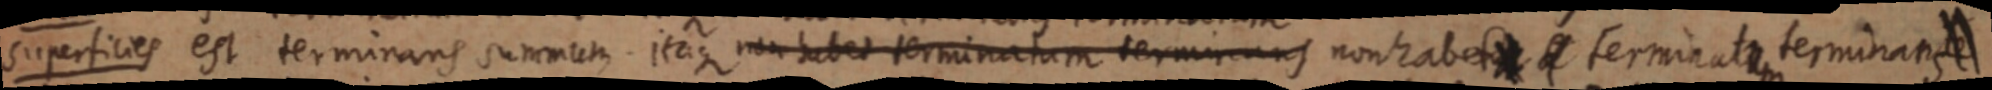
Superficies est terminans summum. itaque non habet terminatum terminans non habet terminate, terminans